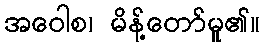
အဝေါစ၊ မိန့်တော်မူ၏။